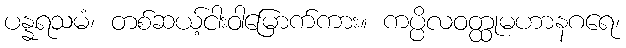
ပန္နရသမံ၊ တစ်ဆယ့်ငါးဝါမြောက်ကား။ ကပ္ပိလဝတ္ထုမဟာနဂရေ၊